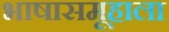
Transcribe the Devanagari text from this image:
भाषासमूहाला